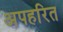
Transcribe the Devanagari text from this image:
अपहरित